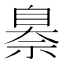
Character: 𦤗